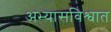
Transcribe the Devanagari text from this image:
अभ्यासविश्वात